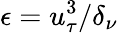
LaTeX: \epsilon=u_{\tau}^{3}/\delta_{\nu}